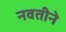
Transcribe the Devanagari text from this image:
नवतीने